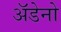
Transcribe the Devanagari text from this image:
अॅडेनो